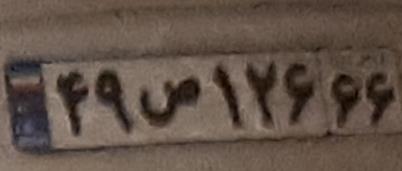
۴۹ص۱۲۶۶۶